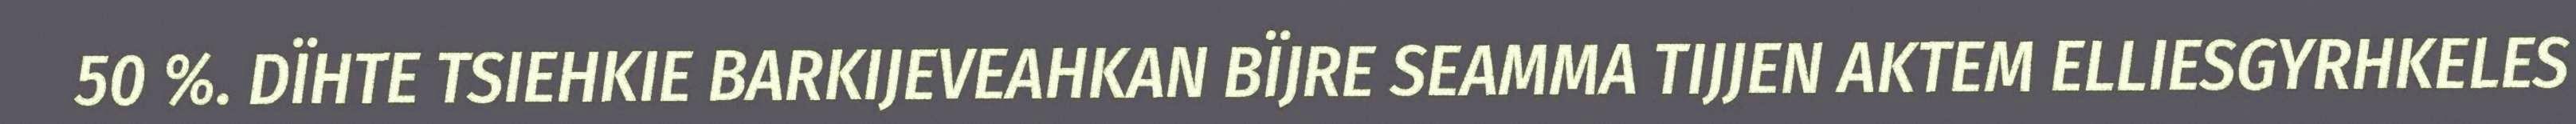
50 %. DÏHTE TSIEHKIE BARKIJEVEAHKAN BÏJRE SEAMMA TIJJEN AKTEM ELLIESGYRHKELES